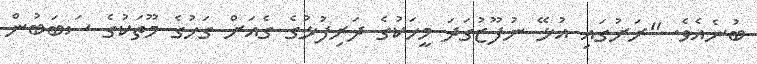
ބުނެއެވެ. "ރަށުގައި އުޅޭ ނުފޫޒުގަދަ މީހަކުގެ ދަރިފުޅުގެ ގެއަށް ގަހުގެ މޫތަކުގެ ސަބަބުން